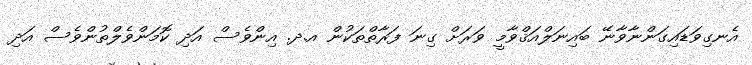
އެނގިވަޑައިގަންނާވާނޭ ބައިނަލްއަޤްވާމީ ވަރަށް ގިނަ ފަރާތްތަކުން އ.ދ. އިންވެސް އަދި ކޮމަންވެލްތުންވެސް އަދި